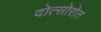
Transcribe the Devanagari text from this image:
दोत्सोरोत